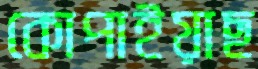
কোপাইয়াছ